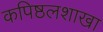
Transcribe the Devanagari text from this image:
कपिष्ठलशाखा